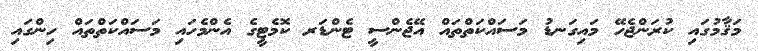
މަޤާމުގައި ކުރަންޖެހޭ މައިގަނޑު މަސައްކަތްތައް އޭޖެންސީ ޓެންޑަރ ކޮމެޓީގެ އެންމެހައި މަސައްކަތްތައް ހިންގައި